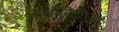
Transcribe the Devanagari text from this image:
ऑथोरिटीच्या